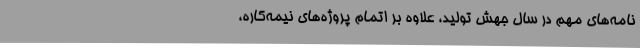
نامه‌های مهم در سال جهش تولید، علاوه بر اتمام پروژه‌های نیمه‌کاره،